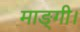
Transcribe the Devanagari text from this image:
माङ्गी।